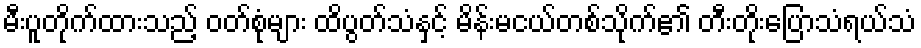
မီးပူတိုက်ထားသည့် ဝတ်စုံများ ထိပွတ်သံနှင့် မိန်းမငယ်တစ်သိုက်၏ တီးတိုးပြောသံရယ်သံ